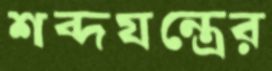
শব্দযন্ত্রের